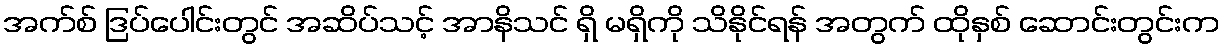
အက်စ် ဒြပ်ပေါင်းတွင် အဆိပ်သင့် အာနိသင် ရှိ မရှိကို သိနိုင်ရန် အတွက် ထိုနှစ် ဆောင်းတွင်းက